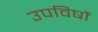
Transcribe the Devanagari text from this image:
उपविषों